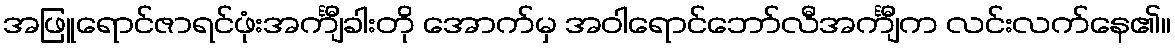
အဖြူရောင်ဇာရင်ဖုံးအင်္ကျီခါးတို အောက်မှ အဝါရောင်ဘော်လီအင်္ကျီက လင်းလက်နေ၏။